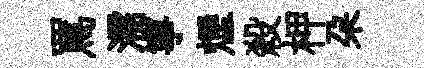
罵濡寧煙殺柙朶